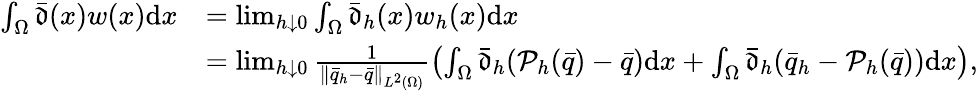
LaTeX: \begin{array}{rl}{\int_{\Omega}\bar{\mathfrak{d}}(x)w(x)\mathrm{d}x}&{=\operatorname*{lim}_{h\downarrow 0}\int_{\Omega}\bar{\mathfrak{d}}_{h}(x)w_{h}(x)\mathrm{d}x}\\ &{=\operatorname*{lim}_{h\downarrow 0}\frac{1}{\| \bar{q}_{h}-\bar{q}\| _{L^{2}(\Omega)}}\left(\int_{\Omega}\bar{\mathfrak{d}}_{h}(\mathcal{P}_{h}(\bar{q})-\bar{q})\mathrm{d}x+\int_{\Omega}\bar{\mathfrak{d}}_{h}(\bar{q}_{h}-\mathcal{P}_{h}(\bar{q}))\mathrm{d}x\right),}\end{array}